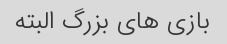
بازی های بزرگ البته